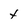
Character: t